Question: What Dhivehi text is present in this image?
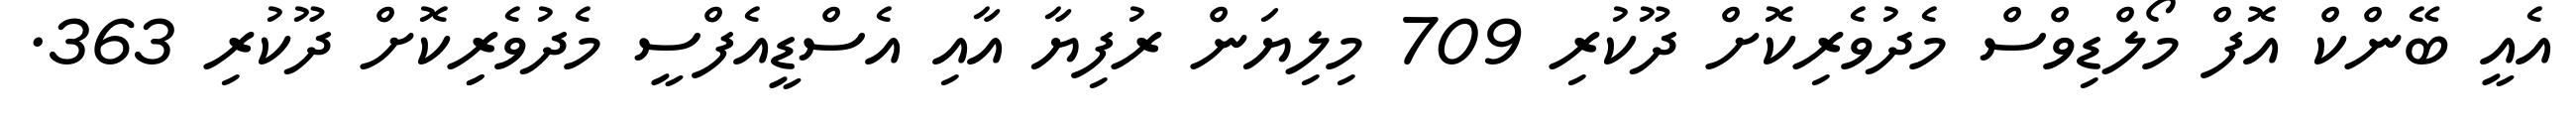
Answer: އެއީ ބޭންކް އޮފް މޯލްޑިވްސް މެދުވެރިކޮށް ދޫކުރި 709 މިލިޔަން ރުފިޔާ އާއި އެސްޑީއެފްސީ މެދުވެރިިކޮށް ދޫކުރި 363.